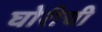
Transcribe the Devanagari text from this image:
घोरीची